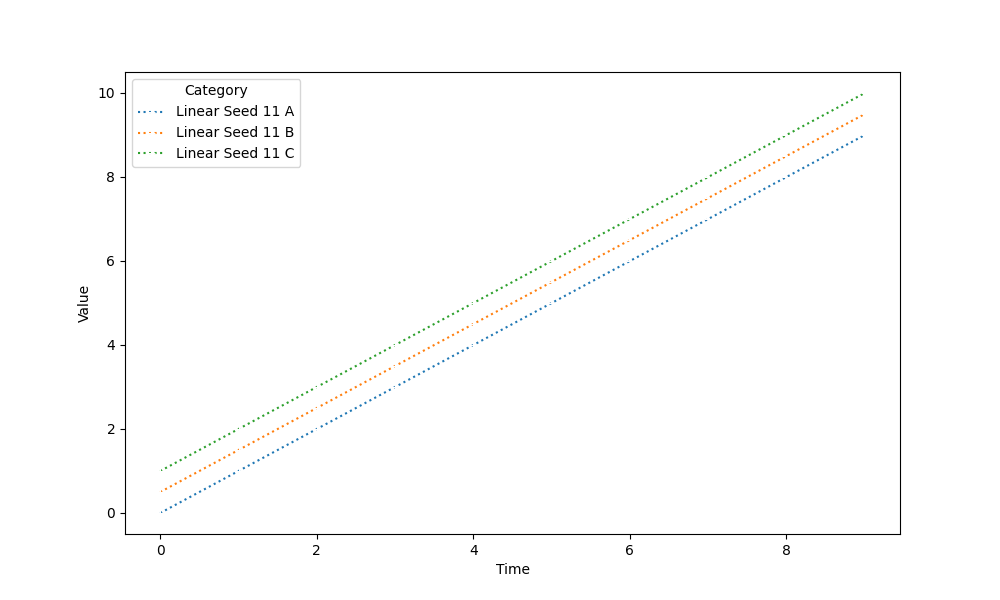
python, seaborn, lineplot, style='dotted', marker='+'